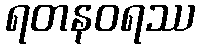
ရတနဝရဿ